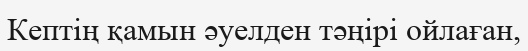
Кептің қамын әуелден тәңірі ойлаған,